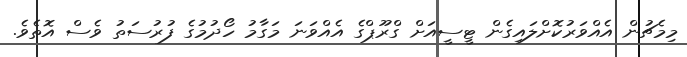
މިމެޗުން އެއްވަރުކޮށްލައިގެން ޓީސީއަށް ގްރޫޕްގެ އެއްވަނަ މަގާމު ހޯދުމުގެ ފުރުސަތު ވެސް އޮތެވެ.